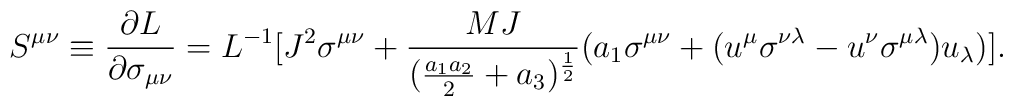
S^{\mu\nu}\equiv {{\partial L}\over {\partial \sigma _{\mu\nu}}}=L^{-1}[J^2\sigma ^{\mu\nu } +{{MJ}\over {({{a_1a_2}\over2}+a_3})^{1\over 2}}(a_1\sigma ^{\mu\nu }+(u^\mu\sigma^{\nu\lambda}- u^\nu\sigma ^{\mu\lambda})u_\lambda )].